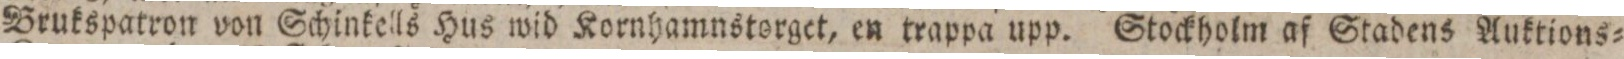
Brukspatron von Schinkells Hus wid Kornhamnstorget, en trappa upp. Stockholm af Stadens Auktions=